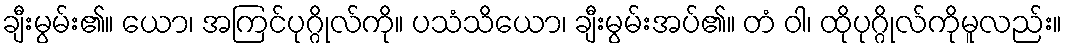
ချီးမွမ်း၏။ ယော၊ အကြင်ပုဂ္ဂိုလ်ကို။ ပသံသိယော၊ ချီးမွမ်းအပ်၏။ တံ ဝါ၊ ထိုပုဂ္ဂိုလ်ကိုမူလည်း။